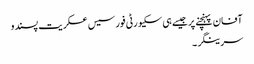
آفان پہنچنے پر جیسے ہی سکیورٹی فورسیس عسکریت پسندو
سرینگر ۔